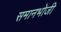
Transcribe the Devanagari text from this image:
समानभोजी